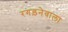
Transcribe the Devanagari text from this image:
रगड़नेवाला